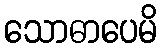
သောဓာပေမိ